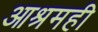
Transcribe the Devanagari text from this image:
आश्रमही